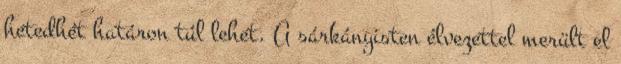
hetedhét határon túl lehet. A sárkányisten élvezettel merült el